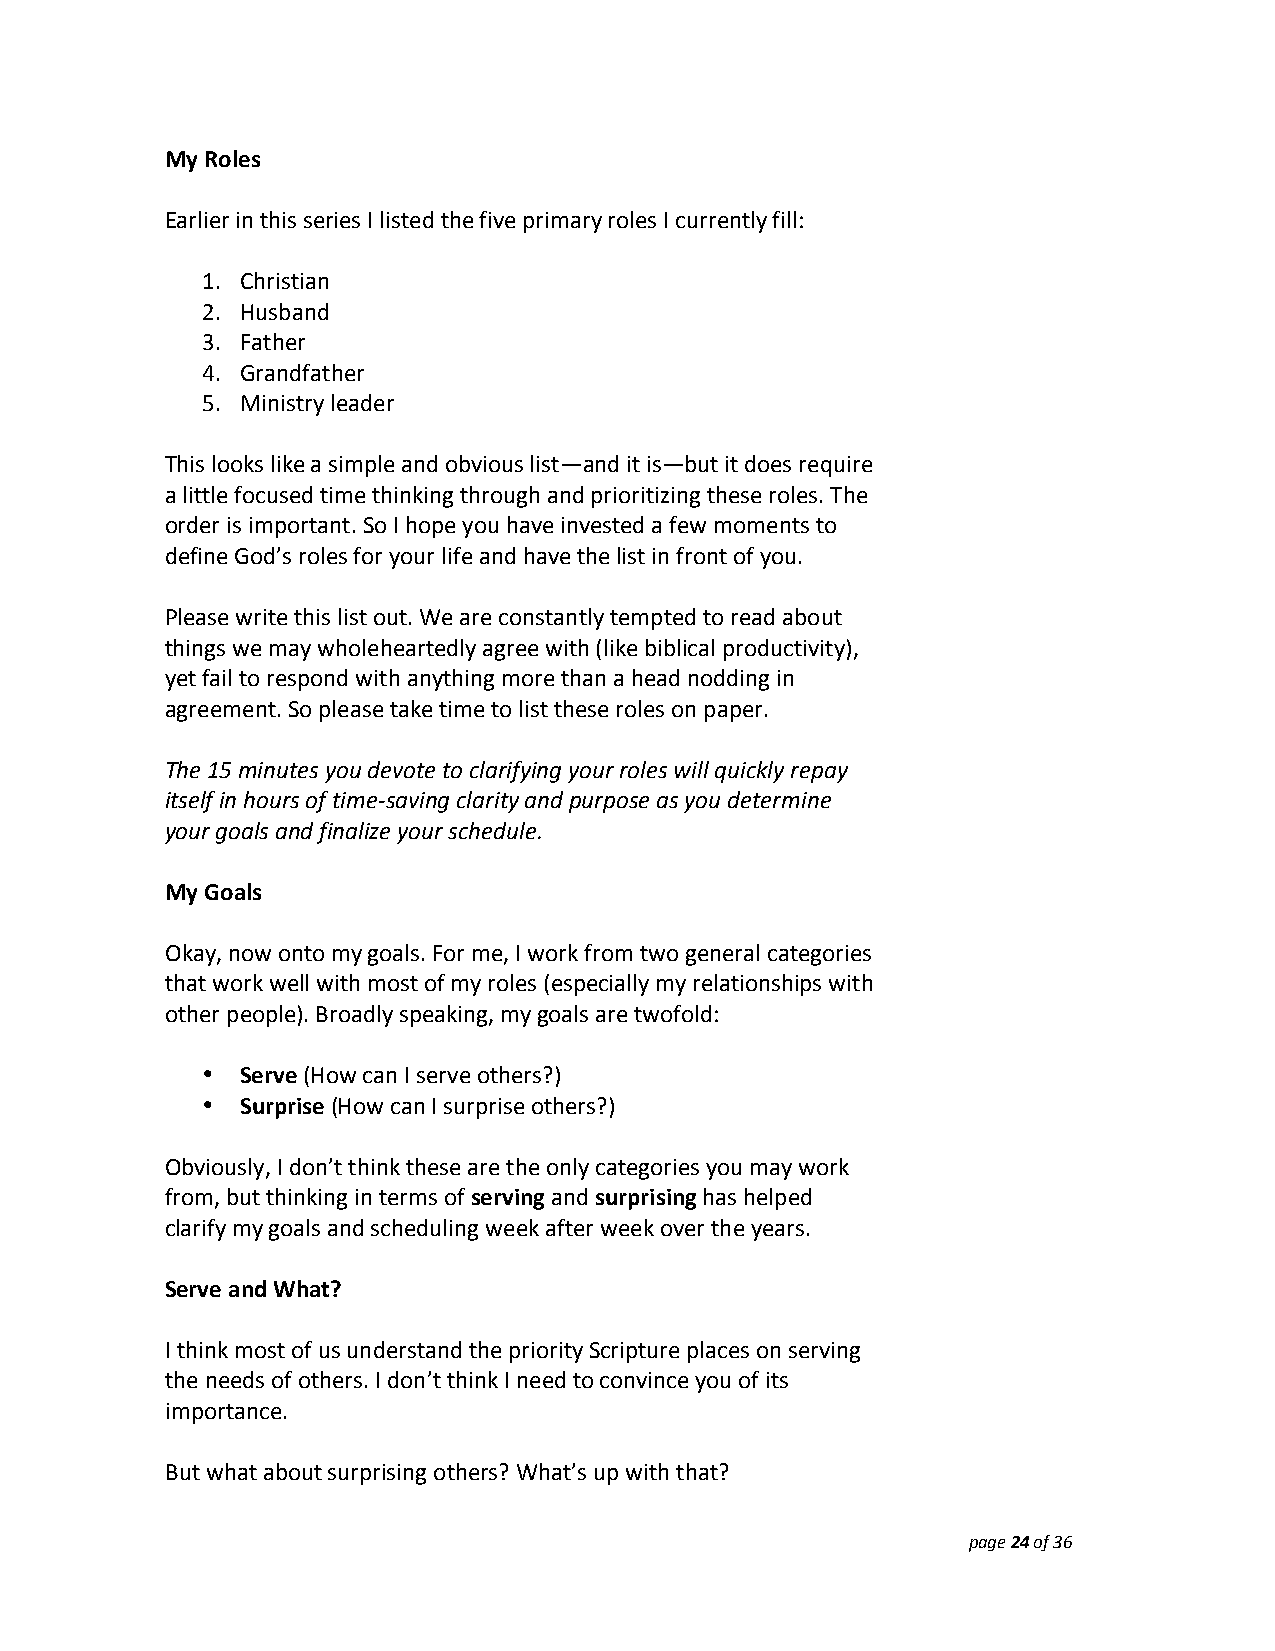
My Roles
 Earlier in this series I listed the five primary roles I currently fill:
 1. Christian
 2. Husband
 3. Father
 4. Grandfather
 5. Ministry leader
 This looks like a simple and obvious list—and it is—but it does require
 a little focused time thinking through and prioritizing these roles. The
 order is important. So I hope you have invested a few moments to
 define God’s roles for your life and have the list in front of you.
 Please write this list out. We are constantly tempted to read about
 things we may wholeheartedly agree with (like biblical productivity),
 yet fail to respond with anything more than a head nodding in
 agreement. So please take time to list these roles on paper.
 The 15 minutes you devote to clarifying your roles will quickly repay
 itself in hours of time‐saving clarity and purpose as you determine
 your goals and finalize your schedule.
 My Goals
 Okay, now onto my goals. For me, I work from two general categories
 that work well with most of my roles (especially my relationships with
 other people). Broadly speaking, my goals are twofold:
 •  Serve (How can I serve others?)
 •  Surprise (How can I surprise others?)
 Obviously, I don’t think these are the only categories you may work
 from, but thinking in terms of serving and surprising has helped
 clarify my goals and scheduling week after week over the years.
 Serve and What?
 I think most of us understand the priority Scripture places on serving
 the needs of others. I don’t think I need to convince you of its
 importance.
 But what about surprising others? What’s up with that?
 page 24 of 36